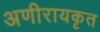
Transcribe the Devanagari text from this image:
अणीरायकृत